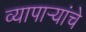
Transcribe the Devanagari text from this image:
व्यापाऱ्यांचे